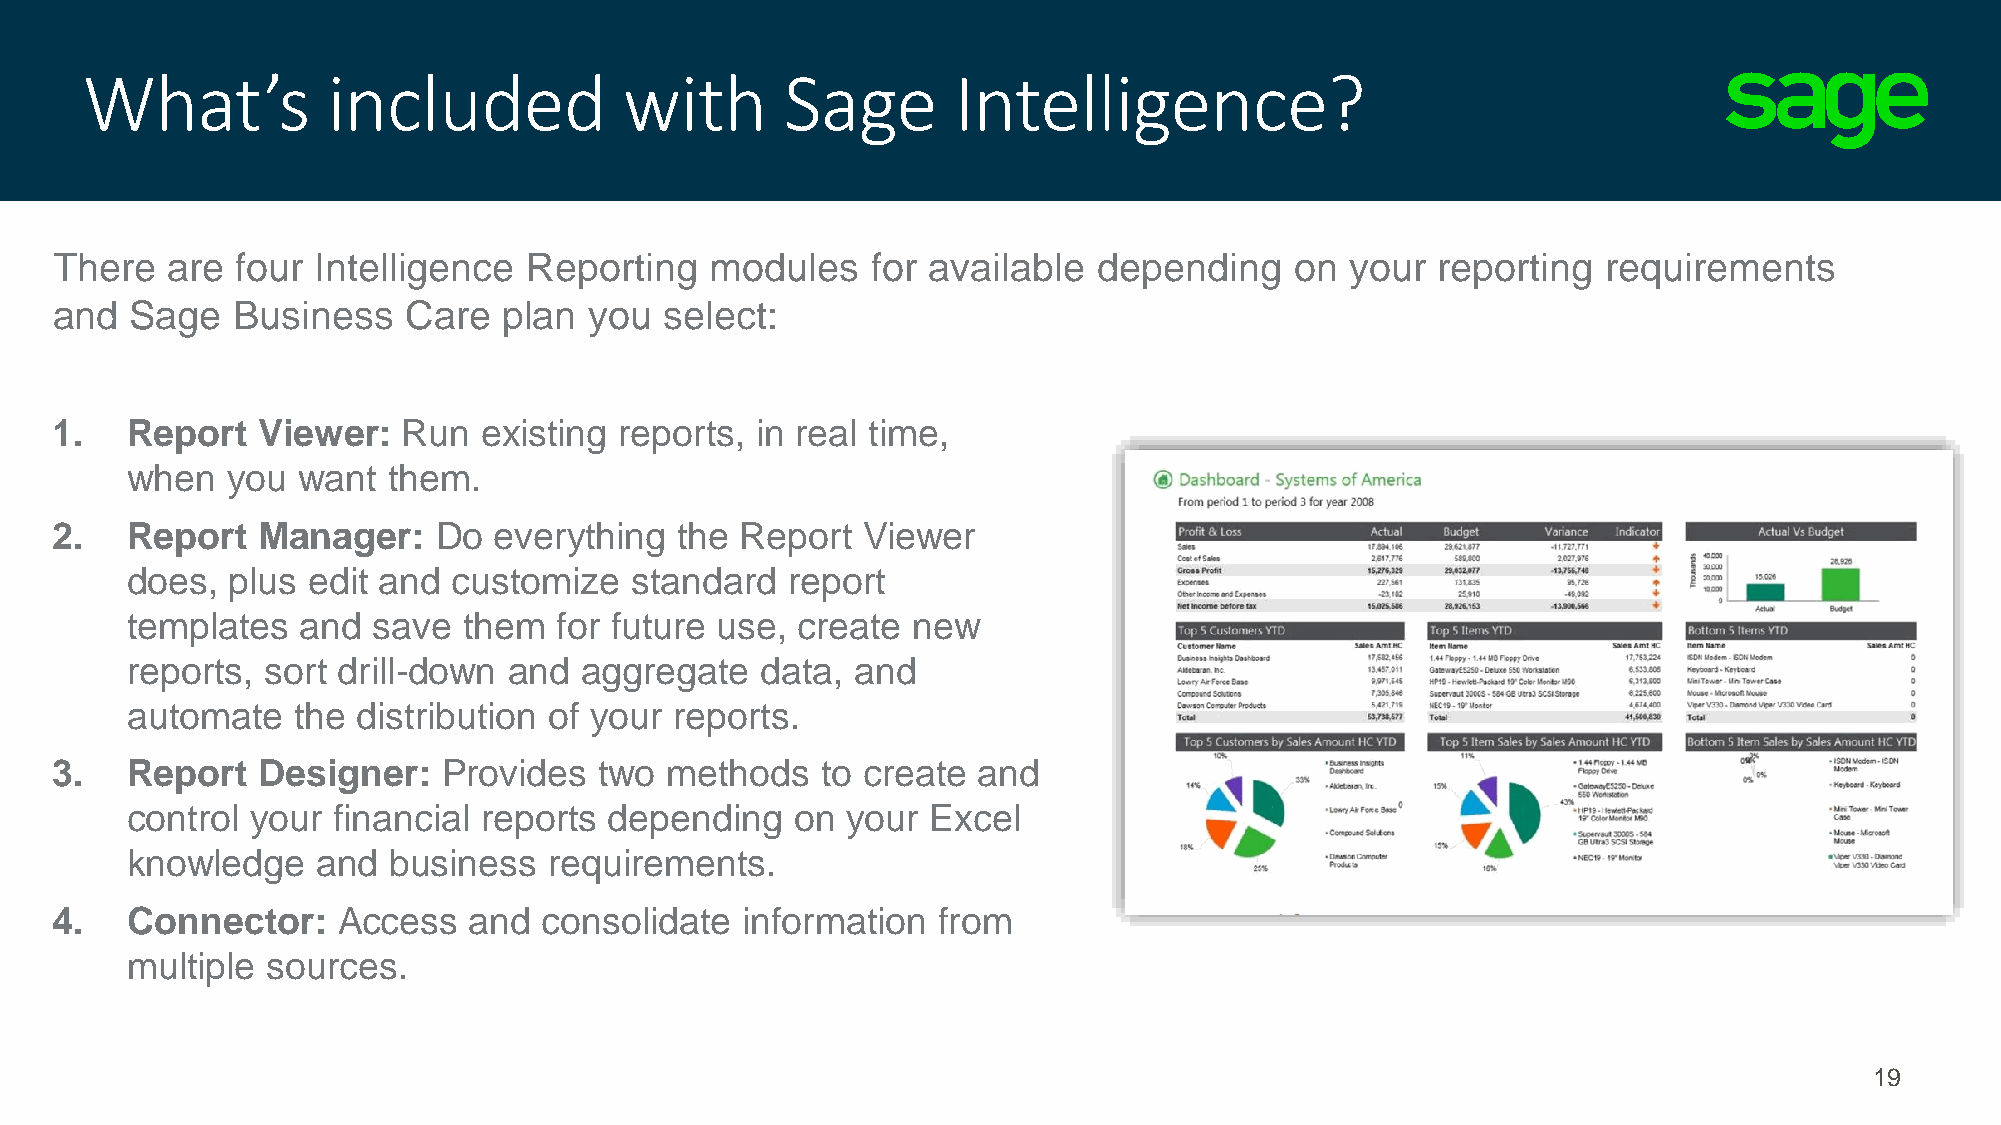
What’s           included           with       Sage       Intelligence?
 There   are  four Intelligence  Reporting   modules    for available  depending    on your  reporting  requirements
 and   Sage  Business    Care  plan  you  select:
 1.   Report   Viewer:   Run  existing reports, in real time,
 when   you  want  them.
 2.   Report   Manager:    Do  everything  the Report  Viewer
 does,  plus edit and  customize   standard  report
 templates   and  save  them  for future use, create new
 reports,  sort drill-down and aggregate   data,  and
 automate   the  distribution of your reports.
 3.   Report   Designer:   Provides   two methods   to create  and
 control  your financial reports depending    on your  Excel
 knowledge    and  business  requirements.
 4.   Connector:    Access   and  consolidate  information  from
 multiple  sources.
 19